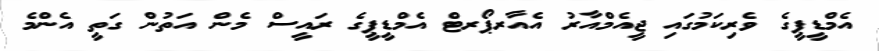
އެމްޑީޕީގެ ވެރިކަމުގަައި ޖީއެމްއާރު އެއާރޕޯރޓް އެމްޑީޕީގެ ރައީސް މެން އަތުން ގަތީ އެންމެ